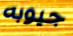
جيوبه